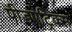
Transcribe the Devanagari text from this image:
पीडऐट्रिक्स